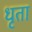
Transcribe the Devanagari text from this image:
धृता